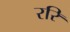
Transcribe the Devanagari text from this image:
ररि